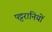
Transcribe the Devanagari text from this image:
पट्टरानियों